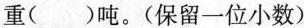
重( )吨。(保留一位小数)